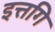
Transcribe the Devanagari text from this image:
इत्तगि